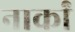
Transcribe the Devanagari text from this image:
नार्कां